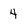
Character: 4